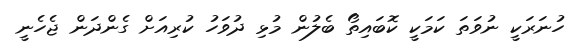
ހުނަރަކީ ނުވަތަ ކަމަކީ ކޮބައިތޯ ބެލުން މުޅި ދުވަހު ކުރިއަށް ގެންދަން ޖެހެނީ